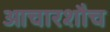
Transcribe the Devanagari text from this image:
आचारशौच